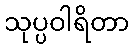
သုပ္ပဝါရိတာ